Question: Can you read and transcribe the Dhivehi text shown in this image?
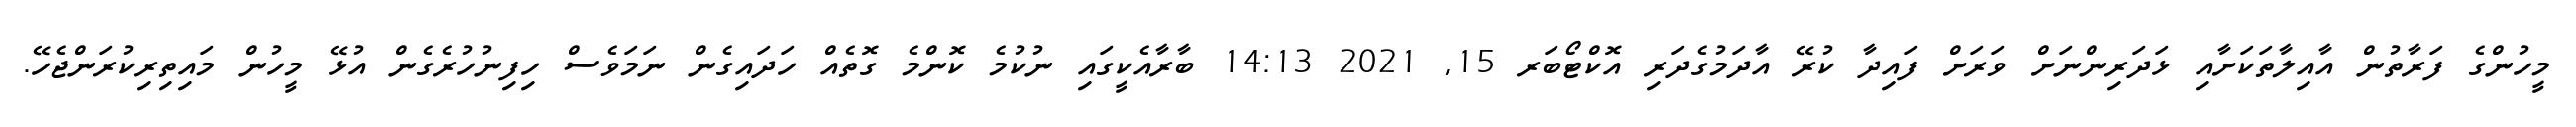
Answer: މީހުންގެ ފަރާތުން އާއިލާތަކަށާއި ޅަދަރިންނަށް ވަރަށް ފައިދާ ކުރޭ އާދަމުގެދަރި އޮކްޓޯބަރ 15, 2021 14:13 ބާރާއެކީގައި ނުކުމެ ކޮންމެ ގޮތެއް ހަދައިގެން ނަމަވެސް ހިފިނުހުރެގެން އުޅޭ މީހުން މައިތިރިކުރަންޖެހޭ.